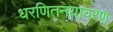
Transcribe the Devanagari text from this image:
धरणितनयावरण